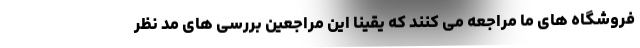
فروشگاه های ما مراجعه می کنند که یقینا این مراجعین بررسی های مد نظر